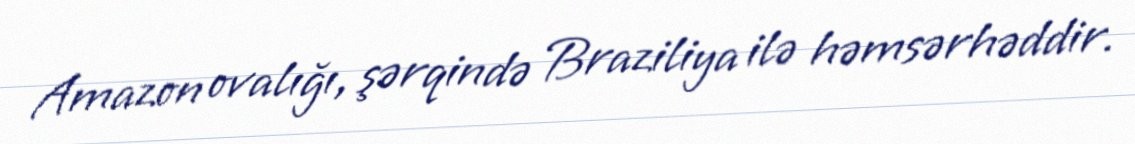
Amazon ovalığı, şərqində Braziliya ilə həmsərhəddir.